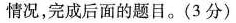
情况，完成后面的题目。(3分)